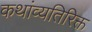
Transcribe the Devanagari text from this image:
कथांव्यतिरिक्त